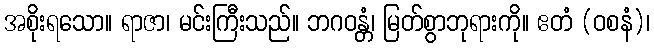
အစိုးရသော။ ရာဇာ၊ မင်းကြီးသည်။ ဘဂဝန္တံ၊ မြတ်စွာဘုရားကို။ ဧတံ (ဝစနံ)၊